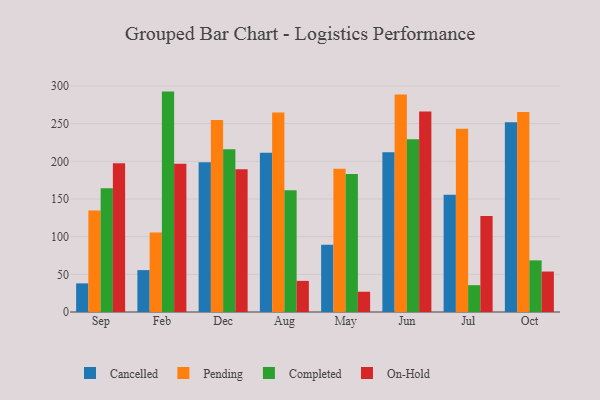
{"axis": {"x": "Month", "y": "Satisfaction Score"}, "legend": ["Cancelled", "Completed", "On-Hold", "Pending"], "data": [{"x": "Sep", "y": 38.0, "type": "Cancelled"}, {"x": "Sep", "y": 134.8, "type": "Pending"}, {"x": "Sep", "y": 164.2, "type": "Completed"}, {"x": "Sep", "y": 197.5, "type": "On-Hold"}, {"x": "Feb", "y": 55.6, "type": "Cancelled"}, {"x": "Feb", "y": 105.5, "type": "Pending"}, {"x": "Feb", "y": 292.5, "type": "Completed"}, {"x": "Feb", "y": 196.8, "type": "On-Hold"}, {"x": "Dec", "y": 198.7, "type": "Cancelled"}, {"x": "Dec", "y": 254.9, "type": "Pending"}, {"x": "Dec", "y": 216.0, "type": "Completed"}, {"x": "Dec", "y": 189.5, "type": "On-Hold"}, {"x": "Aug", "y": 211.3, "type": "Cancelled"}, {"x": "Aug", "y": 264.6, "type": "Pending"}, {"x": "Aug", "y": 161.5, "type": "Completed"}, {"x": "Aug", "y": 41.3, "type": "On-Hold"}, {"x": "May", "y": 89.3, "type": "Cancelled"}, {"x": "May", "y": 190.0, "type": "Pending"}, {"x": "May", "y": 183.0, "type": "Completed"}, {"x": "May", "y": 26.9, "type": "On-Hold"}, {"x": "Jun", "y": 212.0, "type": "Cancelled"}, {"x": "Jun", "y": 288.8, "type": "Pending"}, {"x": "Jun", "y": 229.4, "type": "Completed"}, {"x": "Jun", "y": 266.0, "type": "On-Hold"}, {"x": "Jul", "y": 155.6, "type": "Cancelled"}, {"x": "Jul", "y": 243.1, "type": "Pending"}, {"x": "Jul", "y": 35.6, "type": "Completed"}, {"x": "Jul", "y": 127.4, "type": "On-Hold"}, {"x": "Oct", "y": 251.7, "type": "Cancelled"}, {"x": "Oct", "y": 265.4, "type": "Pending"}, {"x": "Oct", "y": 68.5, "type": "Completed"}, {"x": "Oct", "y": 53.7, "type": "On-Hold"}]}